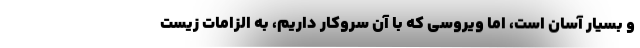
و بسیار آسان است، اما ویروسی که با آن سروکار داریم، به الزامات زیست